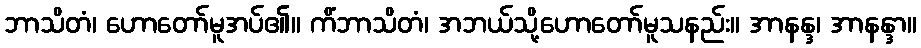
ဘာသိတံ၊ ဟောတော်မူအပ်၏။ ကိံဘာသိတံ၊ အဘယ်သို့ဟောတော်မူသနည်း။ အာနန္ဒ၊ အာနန္ဒာ။